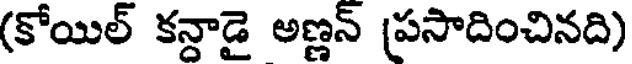
(కోయిల్ కన్ధాడై అణ్ణన్ (పసాదించినది)